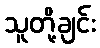
သူတို့ချင်း